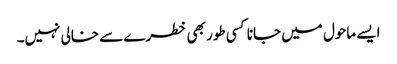
ایسے ماحول میں جانا کسی طور بھی خطرے سے خالی نہیں۔